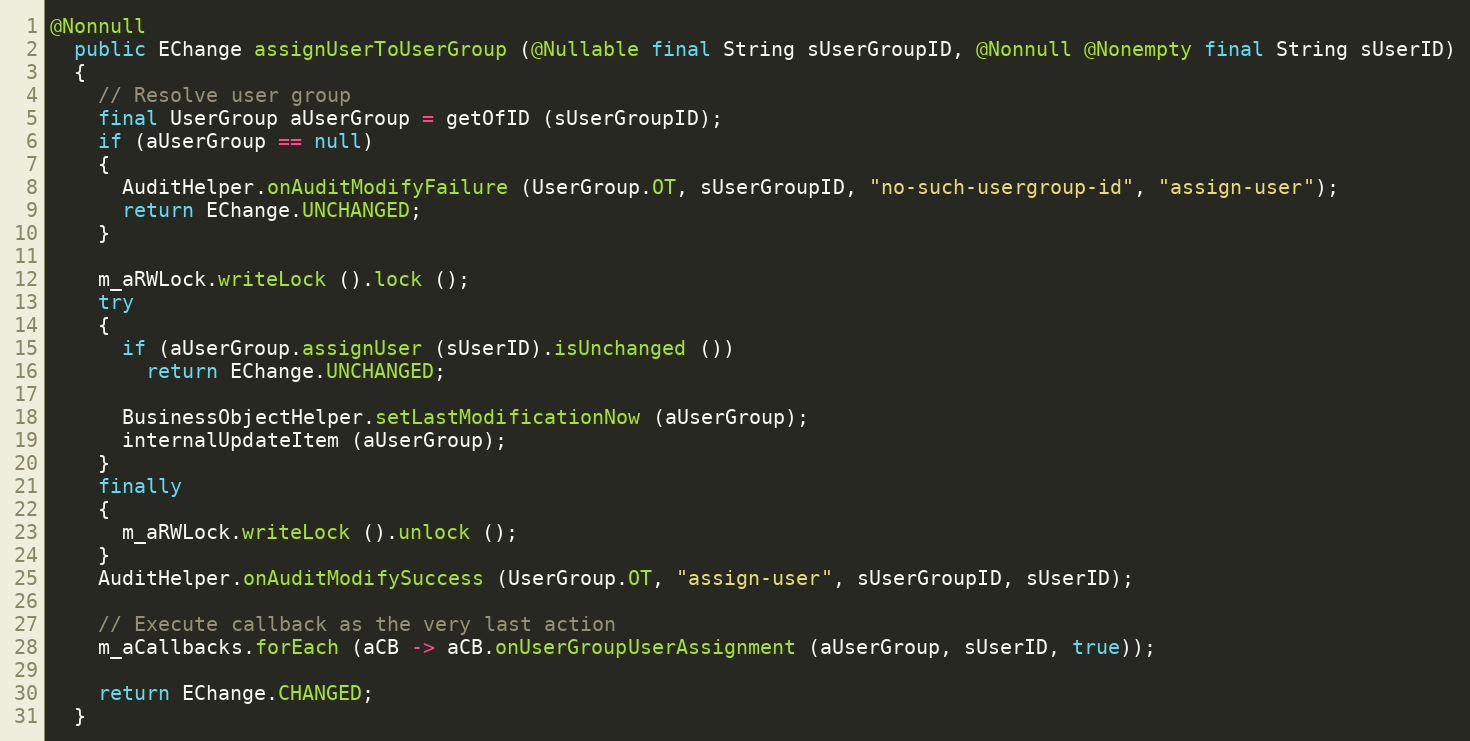
Language: Java
@Nonnull
  public EChange assignUserToUserGroup (@Nullable final String sUserGroupID, @Nonnull @Nonempty final String sUserID)
  {
    // Resolve user group
    final UserGroup aUserGroup = getOfID (sUserGroupID);
    if (aUserGroup == null)
    {
      AuditHelper.onAuditModifyFailure (UserGroup.OT, sUserGroupID, "no-such-usergroup-id", "assign-user");
      return EChange.UNCHANGED;
    }

    m_aRWLock.writeLock ().lock ();
    try
    {
      if (aUserGroup.assignUser (sUserID).isUnchanged ())
        return EChange.UNCHANGED;

      BusinessObjectHelper.setLastModificationNow (aUserGroup);
      internalUpdateItem (aUserGroup);
    }
    finally
    {
      m_aRWLock.writeLock ().unlock ();
    }
    AuditHelper.onAuditModifySuccess (UserGroup.OT, "assign-user", sUserGroupID, sUserID);

    // Execute callback as the very last action
    m_aCallbacks.forEach (aCB -> aCB.onUserGroupUserAssignment (aUserGroup, sUserID, true));

    return EChange.CHANGED;
  }